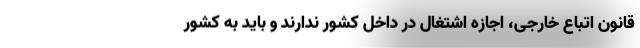
قانون اتباع خارجی، اجازه اشتغال در داخل کشور ندارند و باید به کشور